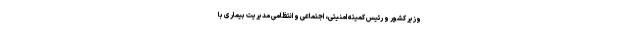
وزیر کشور و رئیس کمیته امنیتی، اجتماعی و انتظامی مدیریت بیماری با